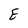
Character: E